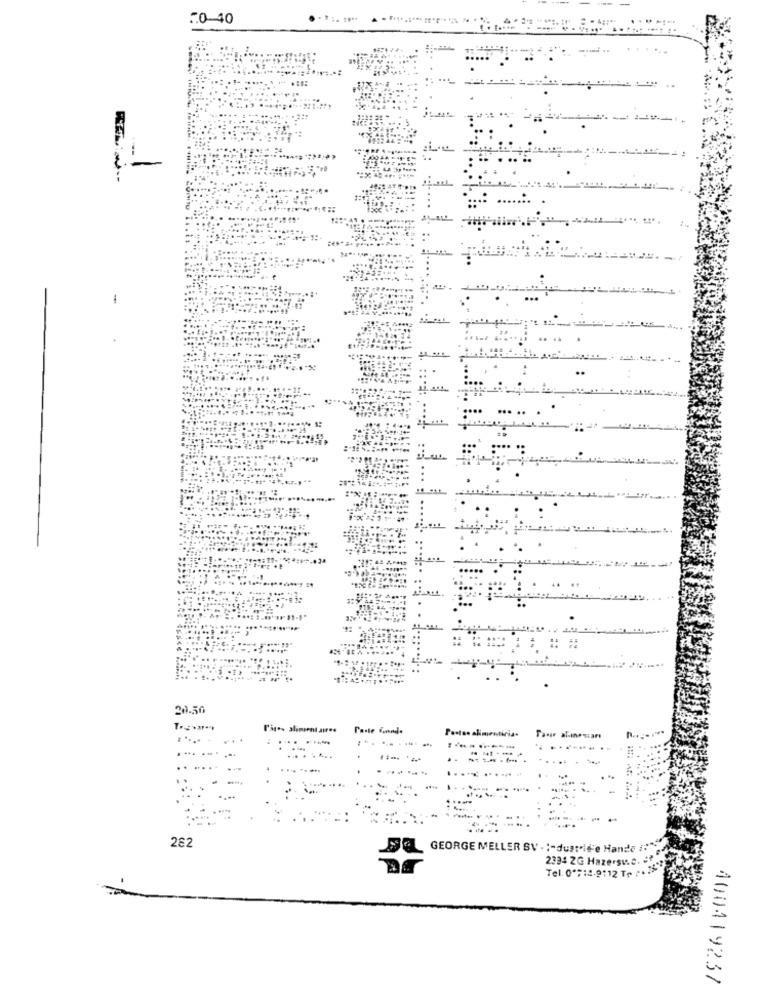
:0-40
1
20.50
Pisos aliment aires
Paste Gande
Pastas alimenticias
.........
Taur alinesarı
......
:------
-----
....-...
........
262
GEORGE MELLER SV - :- dustrid'e Hande #:"
2334 2G Hazersw
Tel. 0'#14-9112 T
400419237